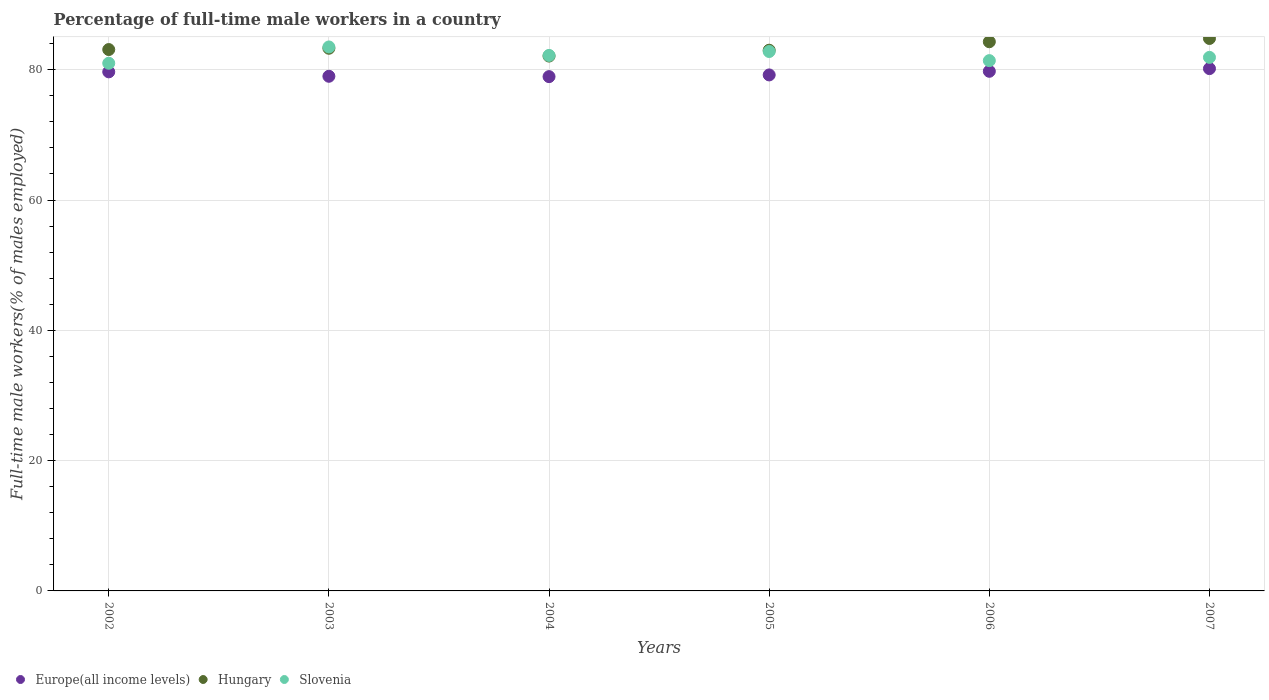
| Years | Europe(all income levels) | Hungary | Slovenia |
 | --- | --- | --- | --- |
 | 2002 | 79.7 | 83.1 | 81 |
 | 2003 | 79 | 83.3 | 83.5 |
 | 2004 | 78.9 | 82.1 | 82.2 |
 | 2005 | 79.2 | 83 | 82.8 |
 | 2006 | 79.8 | 84.3 | 81.4 |
 | 2007 | 80.2 | 84.8 | 81.9 |